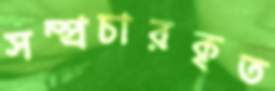
সম্প্রচারকৃত